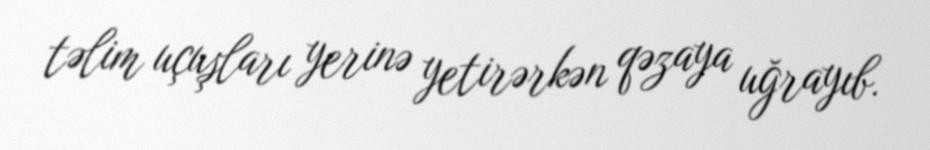
təlim uçuşları yerinə yetirərkən qəzaya uğrayıb.